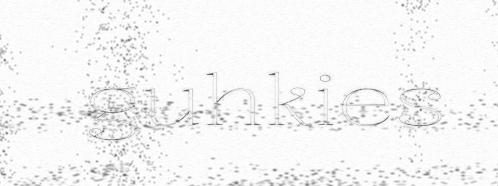
guhkies